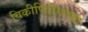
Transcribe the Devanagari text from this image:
विकीपिडीयाच्या